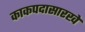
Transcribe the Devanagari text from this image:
काकपदासारखे